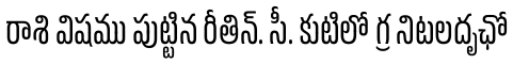
రాశి విషము పుట్టిన రీతిన్. సీ. కుటిలో గ్ర నిటలదృఛో